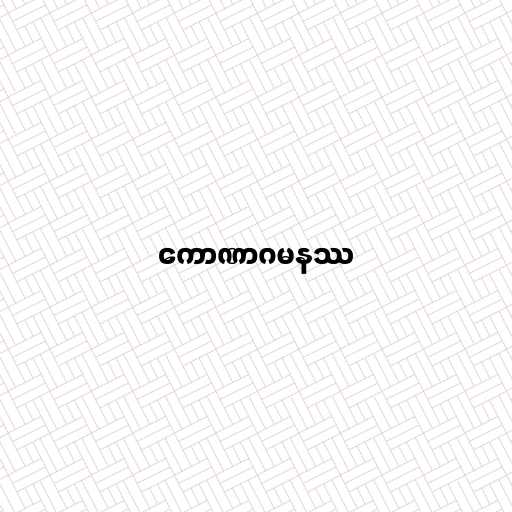
ကောဏာဂမနဿ